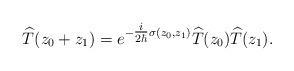
LaTeX: \begin{align*}\widehat{T}(z_{0} + z_1) = e^{-\tfrac{i}{2\hbar} \sigma(z_0,z_1)} \widehat{T}(z_{0}) \widehat{T}(z_{1}).\end{align*}